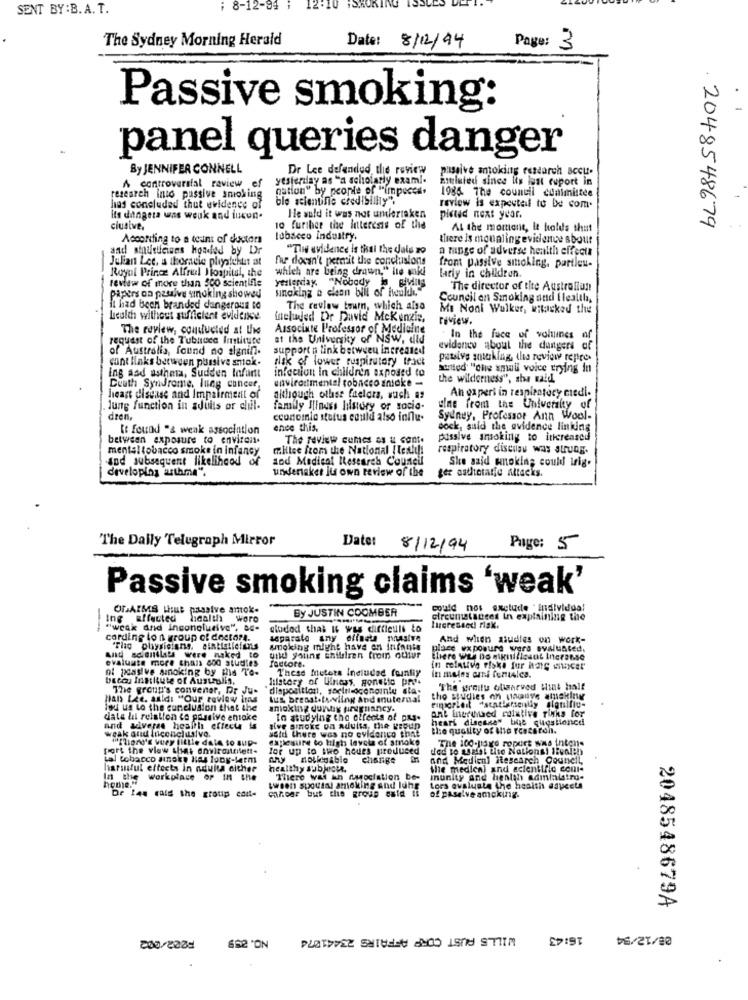
SENT BY:B.A. T.
; 8-12-94
The Sydney Morning Herald
Page:
Date: 8/12/94
3
Passive smoking:
panel queries danger
By JENNIFER CONNELL
Dr Lee defended the review
passive antoking research accu.
yesterday as "a scholarly exam ..
mouluted since its lust cuport in
A controversial raview ef
gation" by people of ""impecca.
1986. The council coalmittee
research into passive smoking
ble scientific credibility".
has concluded that evidence of
review is expected to be com.
its dangera was weuk and iucun.
He wuld it was not undertaken
picted next year.
. 2048548679
clusive.
io further the interests of the
At the moment, it holds that
According to a teurs of distors
tobacco Industry
there is mounting evidence sbour
and stoutuciens headed by Dr
"The evidence is thai the dals zo
a mange of adverse health effects
Julian Let, a thoracic plystekt ist
fur docan't permit the conchisions
Royal Prince Alfru Hospital, the
which are being drawn," lie wiki
front passive smoking, partieu-
larly in children.
review of more than 500 scientifle
unaking a clean bill of Heuldi."
Yesterday. "Nobody b, giving
The director of the Australiun
papers on passive smoking showed
Council on Smoking and Ilealtha,
it had boch branded dangerous to
The review tourn, which also
Ma Noni Wulker, witucked the
Leuich without sufficient evidence
feluded Dr David Mckenzie,
toview.
The review, conducted at the
Associate Professor of Medicine
request of the Tubnece Imtleute
at the University of NSW, did
In the face of volumes af
of Australia, found no alanin-
support ; link between Increased
evidence about the dangers of
cont links between pussive smok.
risk of lower ruspiratary tract
passive anteking, (les review repres
infection in children exposed to
Sorted' "che small voice crying in
ing and asthma, Sudden Infant
environmental tobacco smoke -
the wilderness", sha wald
Couth Syndrome, lueg concer,
heart disease and Impairment of
although other frelors, such as
An gaperi in respiratory ciedi.
Jung function in adults or chil-
family Ilinass history of socio.
uine from the University of
dren,
economic status could also influ-
Sydney, Professor Ann Wool-
[ found "& weak association
ence this.
dock, said the evidence linking
between exposure to environ.
The review cumes as & cont.
passive smoking to increased
mental tobacco smoke in infancy
milise from the National / tenth !!
respiratory discrisu was strung.
and subsequent likelihood of
and Medical Research Council
She said smoking could irig.
developing asthme".
undertaket jus own review of the
ger astheratie Attacks.
The Daily Telegraph Mirror
Date: 8/12/94
Page: 5
Passive smoking claims 'weak'
OGAIMS Hus passive antok.
By JUSTIN COOMBER
could nos exetude . Individual
Ing affected
health word
circumstances In explaining the
"weak and inconclusive", DE-
ciudad that It was difficult to
Ingressodi riak.
cording to a group of doctors.
separalo any difneta pnasive
And when studies on work-
"The physicians, aintiellefans
smoking might have en infants
place exposure vers evaluated.
And scientists were naked to
evaluate more chais 600 studies
und young chillin from otur
factore.
there was Do sikritifiesut Ineranse
ot pasive sinoking by His Te-
These Meters Included fontiy
lilstory of Wness, soneto pry+
In moins Guns femteles.
The group's convenar, Dr Ju-
disposition, torinocenainte sta-
The wreitu oligarved Hint half
Han Lee. aaldi "Our, review ims
Ius breast.feeling and mnuternal
the studies on pointe amckin
lou us to the conclusion that the
smoking dunty pregnancy.
ant Inerunaed roixtive riyks for
date li relation to passive anoke
Io studying the effects of pas-
heart disease" bie questioned
and adverse health effects is
weak and inconclusive.
said there was no cviderico that
Hve arnoke on adults, the REBUD
the quality of ilis resterdi.
ifind' vey little dale to sup-
explesure to high level of smoke
The 100-15x0 report was intens
port the viaw that anyiraittilett-
for up to two hours produced
ded to waist the Nations! itunleb
tal tobacco sinoky Has long-term
any notigable change
and Medlenl itesearch Council,
harmful effects in adulta either
healthy subjects.
the medical and scientific cont-
home."
Workplace OP In the
There was an ruociation be-
munity and health admialstro-
wween spousal amoking and lung
cancer but the group esta #:
Lors evaluate the health aspects
De las tale the group con-
of paselve amcking.
2048548679A
WILLS AUST CORP AFFAIRS 23441074
16:43
08/12/54
662 'ON